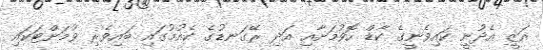
އަޒީ އެދުނީ ކައިވެނީގެ ކާޑް ހޮވުމަށާއި އަދި ރޭގަނޑުގެ ކެއުމުގައި ބައިވެރި ވުމަށްޓަކައި